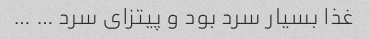
غذا بسیار سرد بود و پیتزای سرد … …